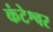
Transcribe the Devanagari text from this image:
कंटेश्वर